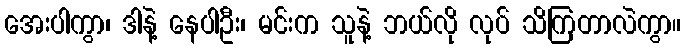
အေးပါကွာ၊ ဒါနဲ့ နေပါဦး၊ မင်းက သူနဲ့ ဘယ်လို လုပ် သိကြတာလဲကွာ။